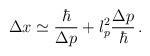
LaTeX: \begin{align*}\Delta x \simeq \frac{\hbar}{\Delta p} + l_{p}^{2} \frac{\Delta p}{\hbar} \, .\end{align*}